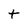
Character: t